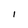
Character: I